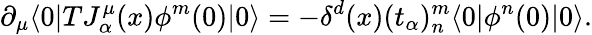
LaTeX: \partial_{\mu}\langle 0|TJ_{\alpha}^{\mu}(x)\phi^{m}(0)|0\rangle=-\delta^{d}(x)(t_{\alpha})_{n}^{m}\langle 0|\phi^{n}(0)|0\rangle.